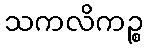
သကလိကဉ္စ